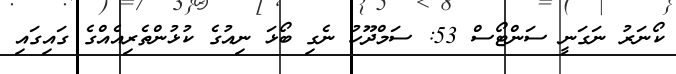
ކޯނަރު ނަގަނީ ސަންޓޯސް 53: ސަމްދޫހު ނެގި ބޯޅަ ނިއުގެ ކުޅުންތެރިއެއްގެ ގައިގައި